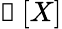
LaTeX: \boldsymbol{\mathscr{e}}\left[X\right]